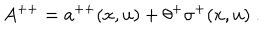
A ^ { + + } = a ^ { + + } ( x , u ) + \theta ^ { + } \sigma ^ { + } ( x , u ) \ .